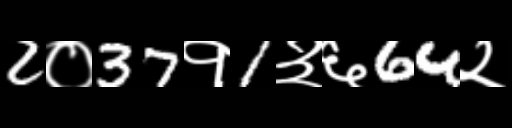
Text: 2०37१1३६64२